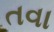
તવા